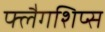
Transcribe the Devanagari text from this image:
फ्लैगशिप्‍स